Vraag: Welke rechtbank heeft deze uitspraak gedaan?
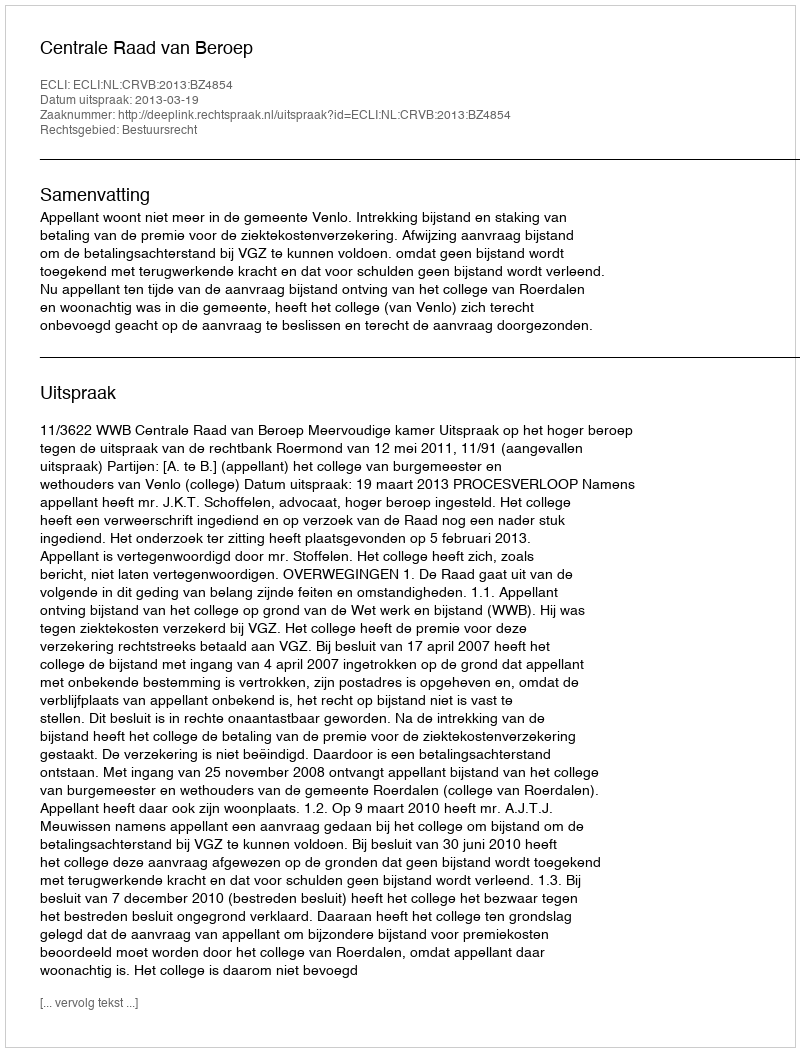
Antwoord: Centrale Raad van Beroep